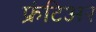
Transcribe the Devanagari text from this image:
फ्रंटिअर